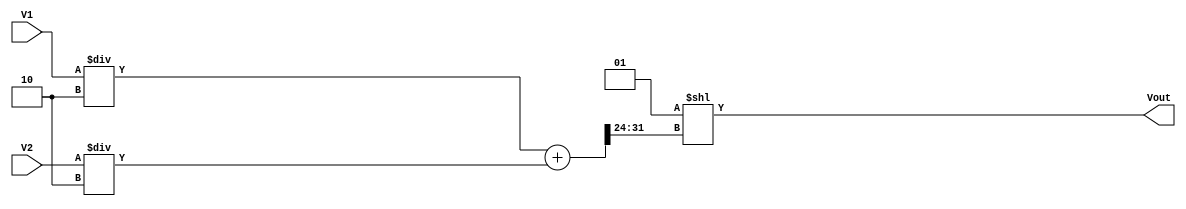
module LogarithmicAnalogMultiplier (
    input [15:0] V1,   // Input voltage V1 (16-bit representation)
    input [15:0] V2,   // Input voltage V2 (16-bit representation)
    output reg [31:0] Vout // Output voltage Vout (32-bit representation)
);

// Internal signals
reg [31:0] V_log1; // Logarithm of V1
reg [31:0] V_log2; // Logarithm of V2
reg [31:0] V_sum;  // Summation of logarithmic outputs

// Function to compute the logarithm (simulated)
function [31:0] log_function;
    input [15:0] V;
    // Simulating a logarithmic operation, replace this with actual logic
    begin
        // For simplicity, using a simple conversion for demonstration
        log_function = V[15:0] / 2; // Placeholder for log(V) operation
    end
endfunction

// Function to compute the exponential (simulated)
function [31:0] exp_function;
    input [31:0] V;
    // Simulating an exponential operation, replace this with actual logic
    begin
        // For simplicity, using a simple conversion for demonstration
        exp_function = 1 << V[31:24]; // Placeholder for e^(V) operation
    end
endfunction

// Main operation
always @(*) begin
    // Calculate logarithmic values
    V_log1 = log_function(V1);
    V_log2 = log_function(V2);
    
    // Sum the logarithmic values
    V_sum = V_log1 + V_log2;
    
    // Calculate the exponential of the summed logarithmic values
    Vout = exp_function(V_sum);
end

endmodule